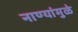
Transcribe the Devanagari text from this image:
नाण्यांमुळे